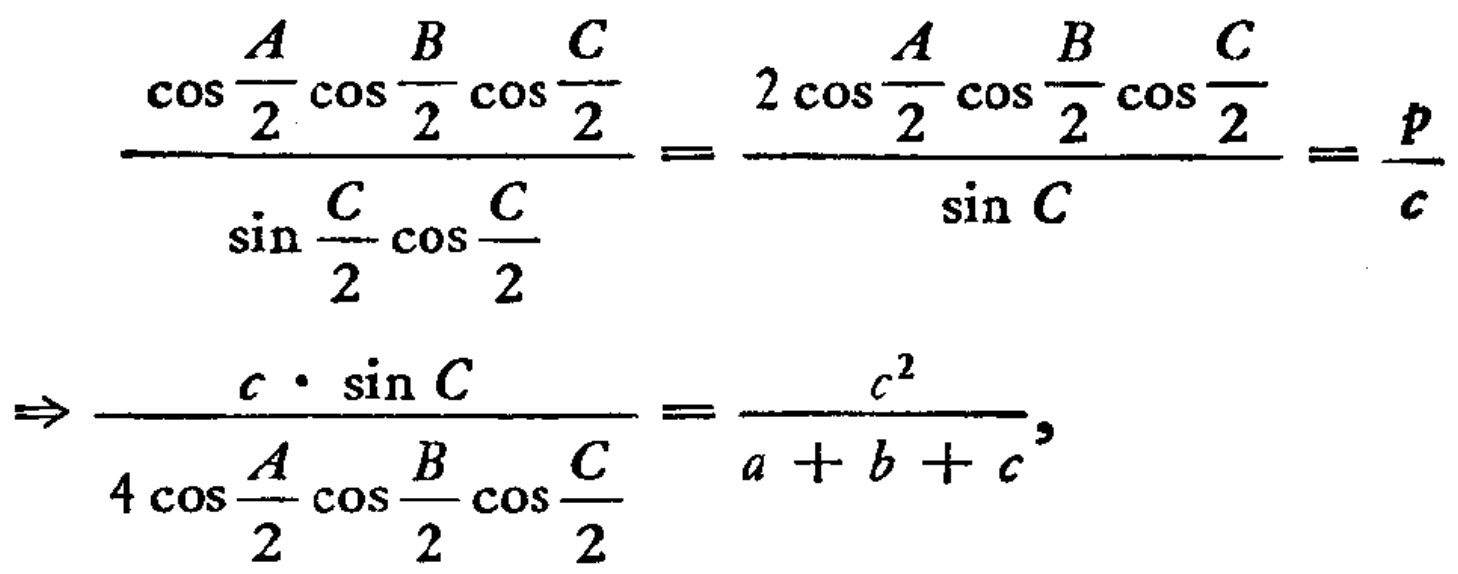
\[
\frac{\cos\frac{A}{2}\cos\frac{B}{2}\cos\frac{C}{2}}{\sin\frac{C}{2}\cos\frac{C}{2}}=\frac{2\cos\frac{A}{2}\cos\frac{B}{2}\cos\frac{C}{2}}{\sin C}=\frac{p}{c}
\]
\[
\Rightarrow\frac{c\cdot\sin C}{4\cos\frac{A}{2}\cos\frac{B}{2}\cos\frac{C}{2}}=\frac{c^{2}}{a + b + c},
\]